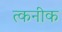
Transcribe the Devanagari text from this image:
त्कनीक